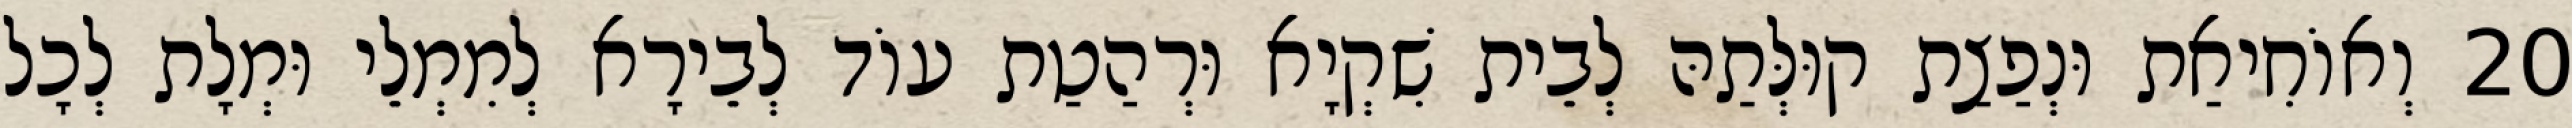
20 וְאוֹחִיאַת וּנְפַצַת קוּלְּתַהּ לְבֵית שִׁקְיָא וּרְהַטַת עוֹד לְבֵירָא לְמִמְלֵי וּמְלָת לְכָל